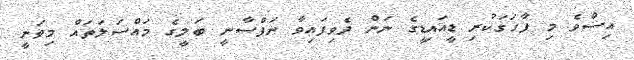
އިސްވެ މި ފާހަގަކުރި ޑީއައިޑީގެ ނަން ދެވިފައިވާ ނަފްސާނީ ބަލީގެ މައްސަލަތައް މިވަނީ